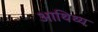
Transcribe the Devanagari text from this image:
आथिथ्य